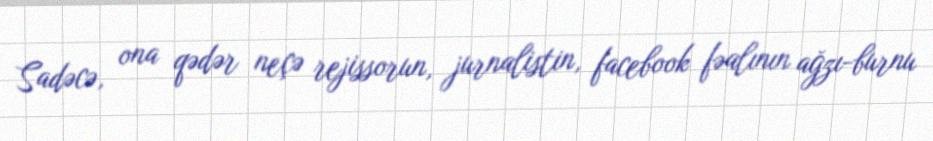
Sadəcə, ona qədər neçə rejissorun, jurnalistin, facebook fəalının ağzı-burnu